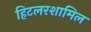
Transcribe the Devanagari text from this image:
हिटलरशामिल